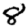
Digit: 8